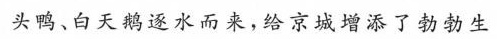
头鸭、白天鹅逐水而来，给京城增添了勃勃生